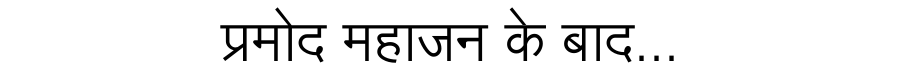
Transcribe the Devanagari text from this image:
प्रमोद महाजन के बाद...